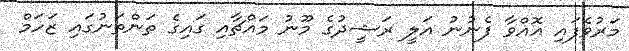
މަރުވެފައި އޮއްވާ ފެނުނު އަލީ ރަޝީދުގެ މޫނު މައްޗާއި ގައިގެ ތަންތަނުގައި ޒަހަމް